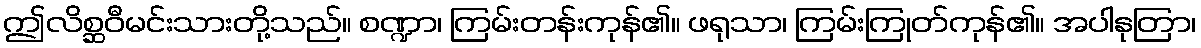
ဤလိစ္ဆဝီမင်းသားတို့သည်။ စဏ္ဍာ၊ ကြမ်းတန်းကုန်၏။ ဖရုသာ၊ ကြမ်းကြုတ်ကုန်၏။ အပါနုတြာ၊